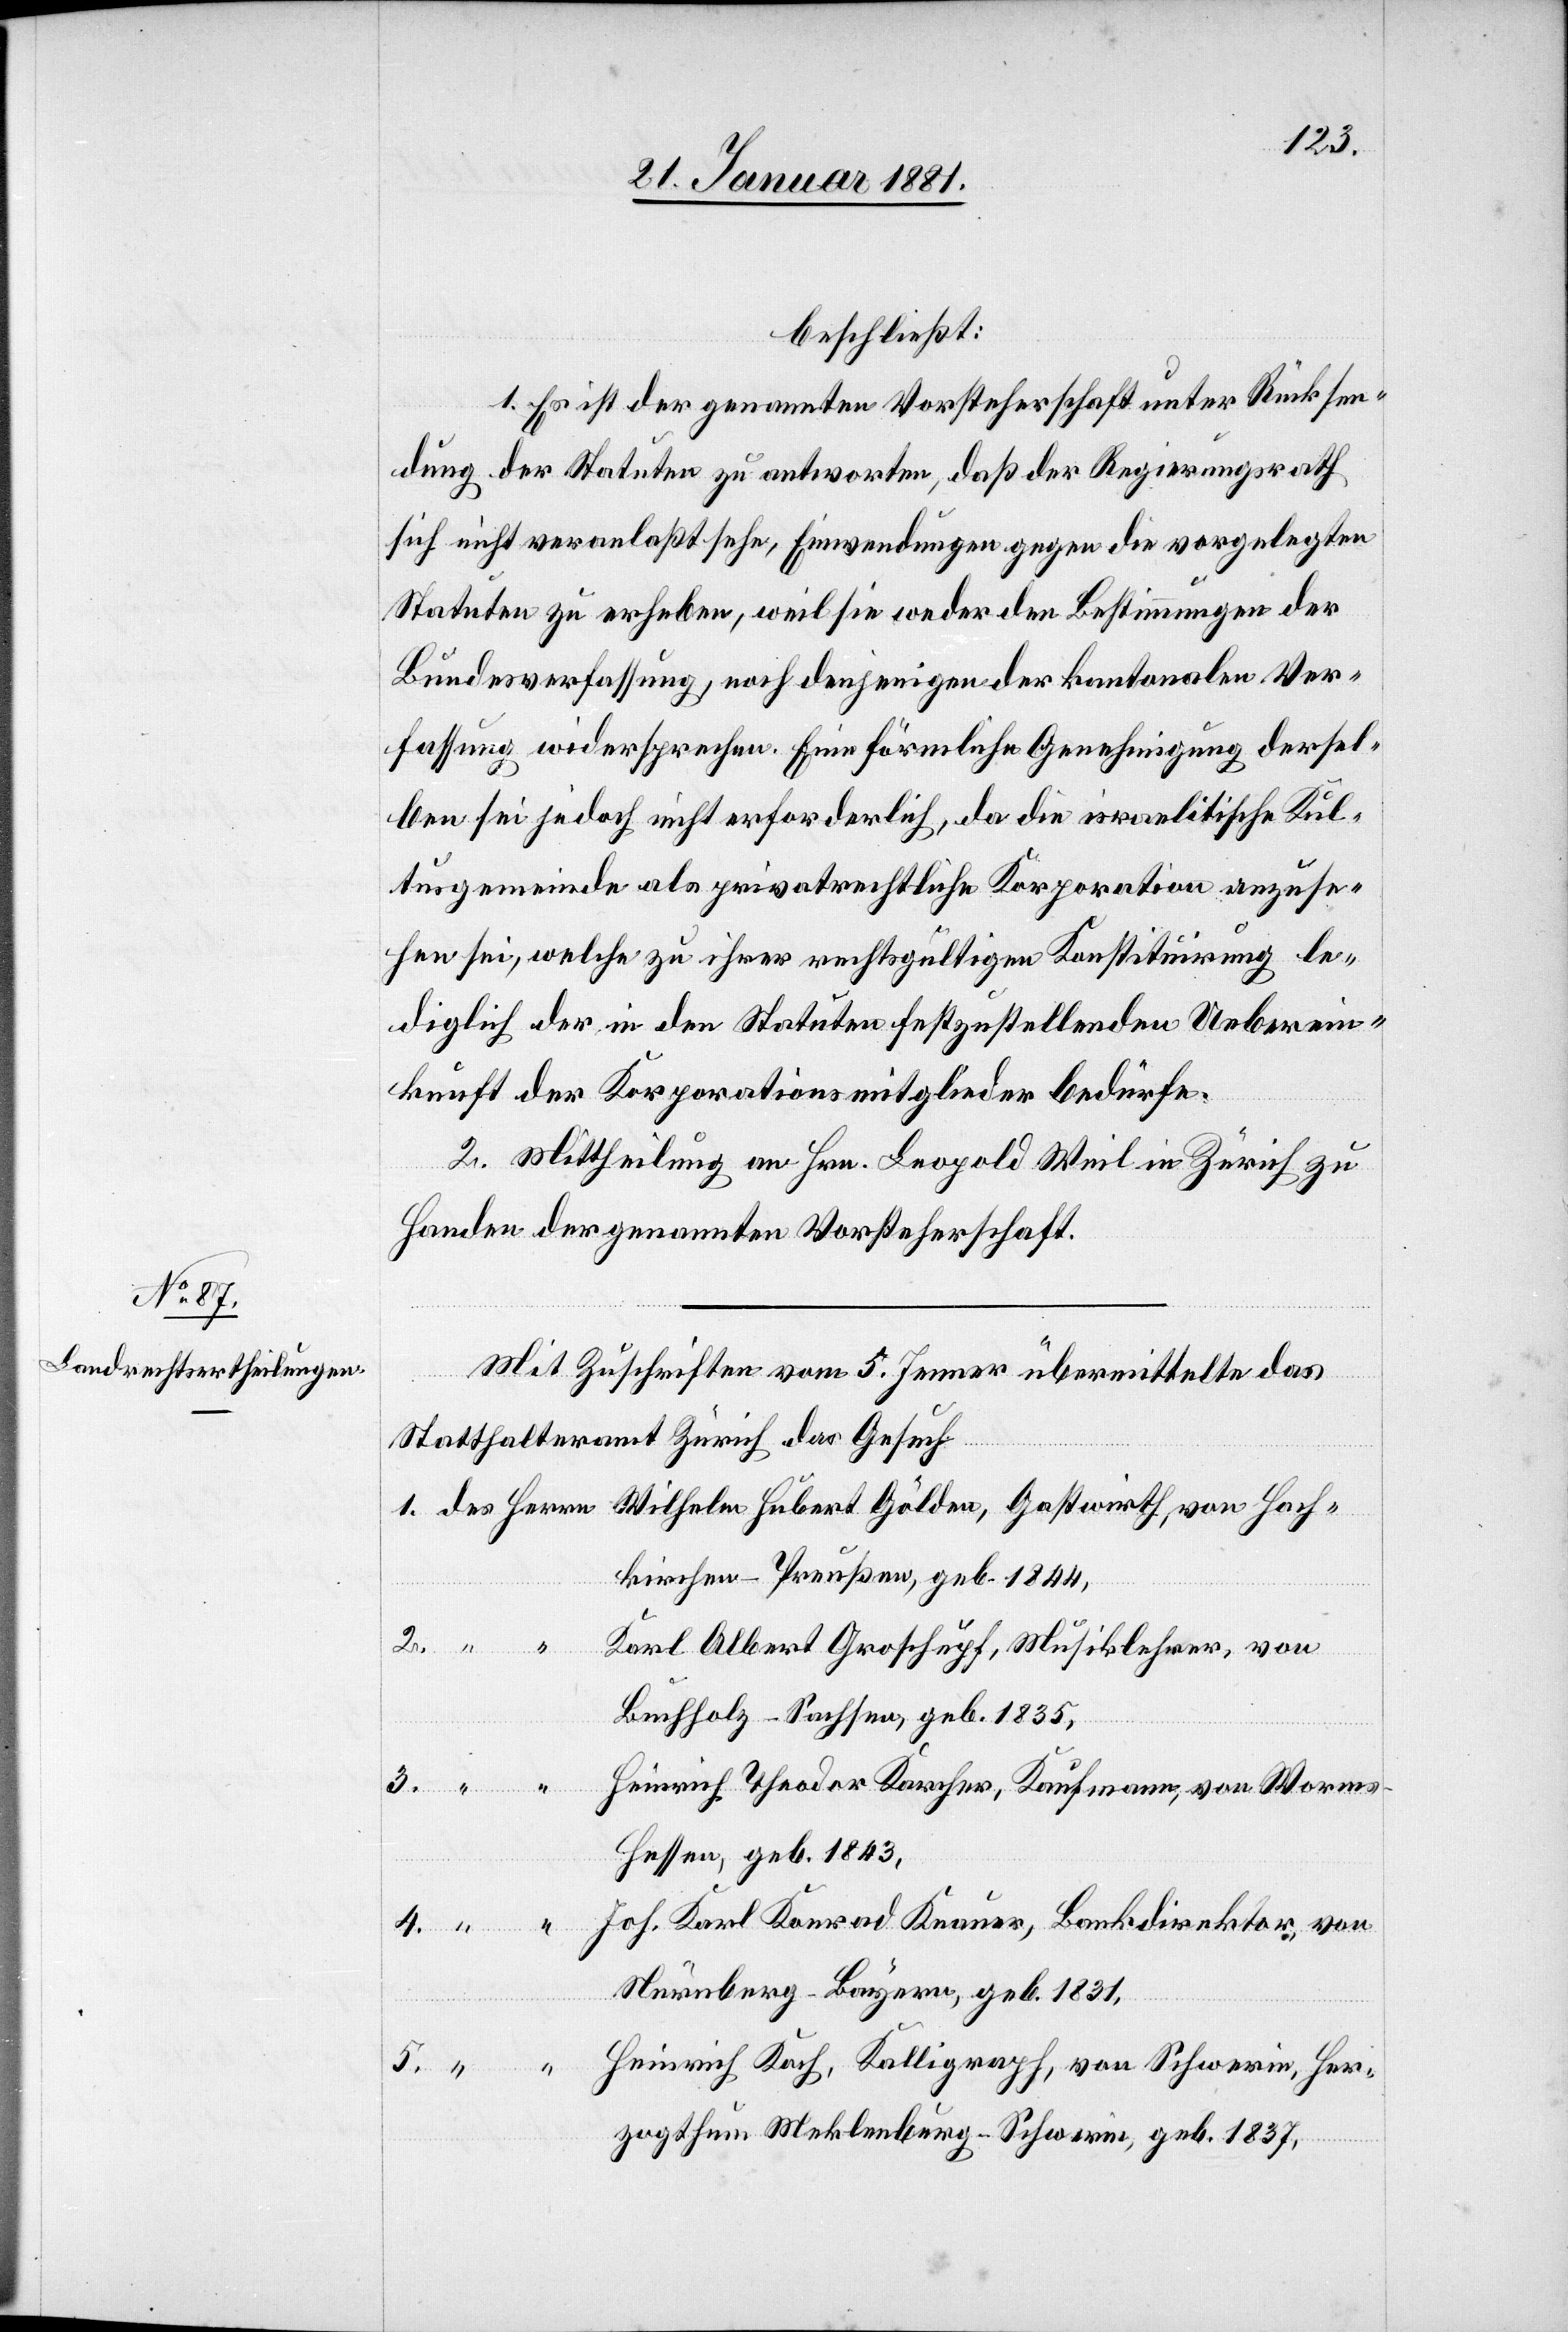
beschließt:
1. Es ist der genannten Vorsteherschaft unter Rücksen¬
dung der Statuten zu antworten, daß der Regierungsrath
sich nicht veranlaßt sehe, Einwendungen gegen die vorgelegten
Statuten zu erheben, weil sie weder den Bestimmungen der
Bundesverfassung, noch denjenigen der kantonalen Ver¬
fassung widersprechen. Eine förmliche Genehmigung dersel¬
ben sei jedoch nicht erforderlich, da die israelitische Kul¬
tusgemeinde als privatrechtliche Korporation anzuse¬
hen sei, welche zu ihrer rechtsgültigen Konstituirung le¬
diglich der in den Statuten festzustellenden Ueberein¬
kunft der Korporationsmitglieder bedürfe.
2. Mittheilung an Hrn. Leopold Weil in Zürich zu
Handen der genannten Vorsteherschaft.
Mit Zuschriften vom 5. Jenner übermittelte das
Statthalteramt Zürich das Gesuch
kirchen - Preußen, geb. 1844,
Wilhelm
Karl Albert Groschupf, Musiklehrer, von
Buchholz - Sachsen, geb. 1835,
5.
“
Heinrich Theodor Karcher, Kaufmann, von Worms
Hessen, geb. 1843,
Joh. Karl Konrad Knauer, Bankdirektor, von
Nürnberg - Bayern, geb. 1831,
Heinrich Kach, Kalligraph, von Schwerin, Her¬
th, von Hoch¬
zogthum Meklenburg-Schwerin, geb. 1837,